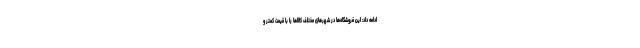
ادامه داد: این فروشگاه‌ها در شهرهای مختلف کالاها را با قیمت کمتر و